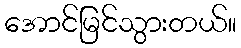
အောင်မြင်သွားတယ်။